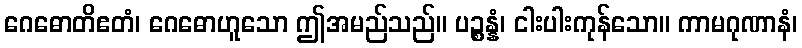
ဂေဓောတိဧတံ၊ ဂေဓောဟူသော ဤအမည်သည်။ ပဉ္စန္နံ၊ ငါးပါးကုန်သော။ ကာမဂုဏာနံ၊